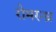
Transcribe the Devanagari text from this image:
रोमरन्ध्र